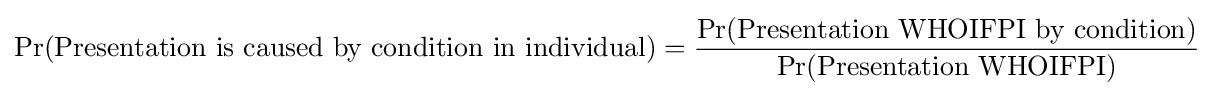
\Pr({\text{Presentation is caused by condition in individual}})={\frac {\Pr({\text{Presentation WHOIFPI by condition}})}{\Pr({\text{Presentation WHOIFPI}})}}